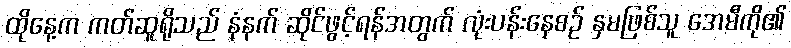
ထိုနေ့က ကတ်ဆူရိုသည် နံနက် ဆိုင်ဖွင့်ရန်အတွက် လုံးပန်းနေစဉ် နှမဖြစ်သူ အေမီကို၏